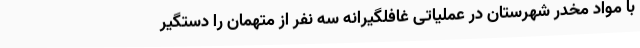
با مواد مخدر شهرستان در عملیاتی غافلگیرانه سه نفر از متهمان را دستگیر